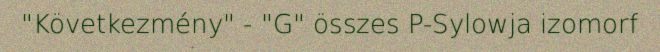
"Következmény" - "G" összes P-Sylowja izomorf